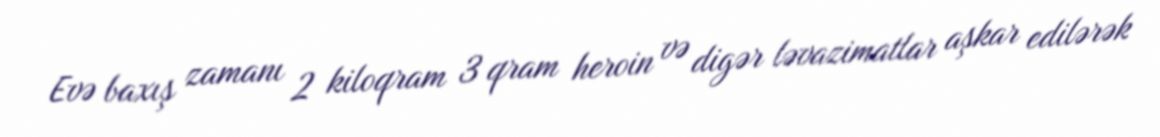
Evə baxış zamanı 2 kiloqram 3 qram heroin və digər ləvazimatlar aşkar edilərək